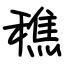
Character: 穛